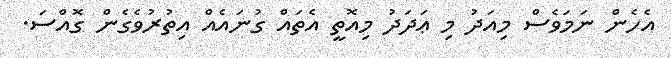
އެހެން ނަމަވެސް މިއަދު މި ޢަދަދު މިއޮތީ އެތައް ގުނައެއް އިތުރުވެގެން ގޮއްސަ.